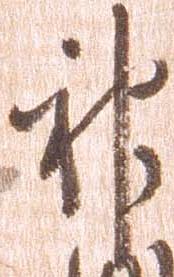
神